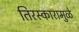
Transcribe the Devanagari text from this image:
तिरस्कारामुळे